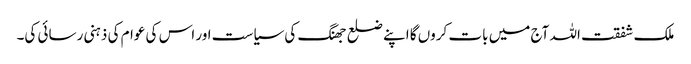
ملک شفقت اللہ آج میں بات کروں گا اپنے ضلع جھنگ کی سیاست اور اس کی عوام کی ذہنی رسائی کی۔